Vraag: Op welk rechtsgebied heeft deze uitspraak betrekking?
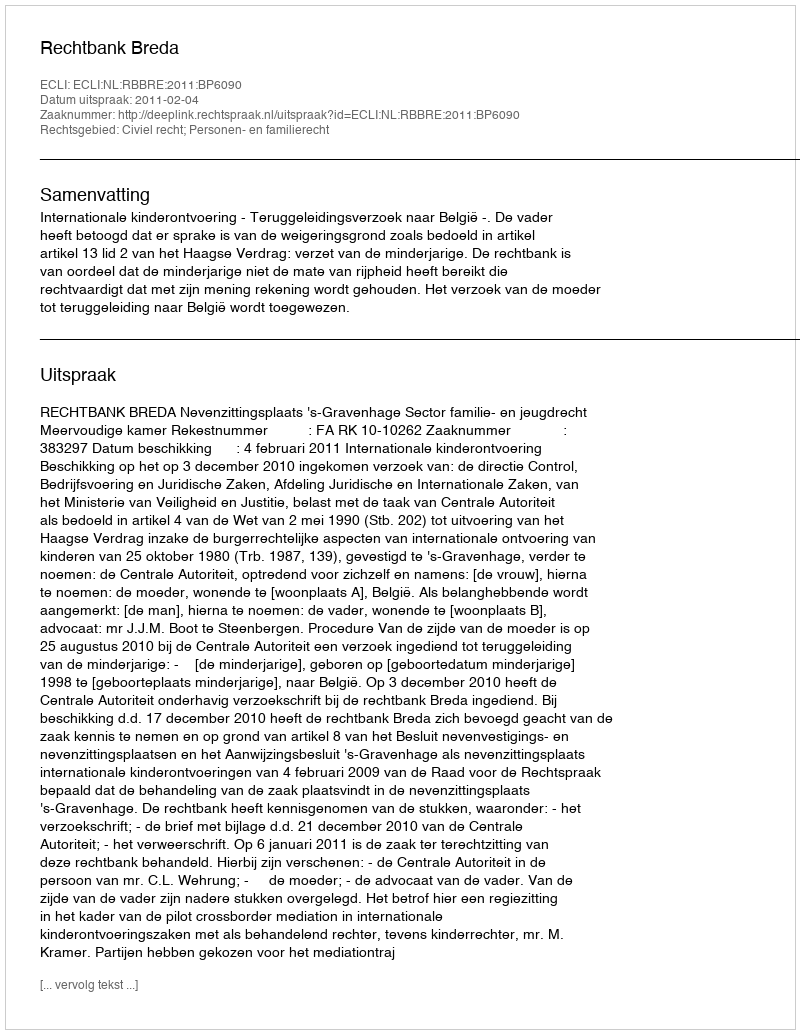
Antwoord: Civiel recht; Personen- en familierecht